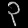
Digit: ၃